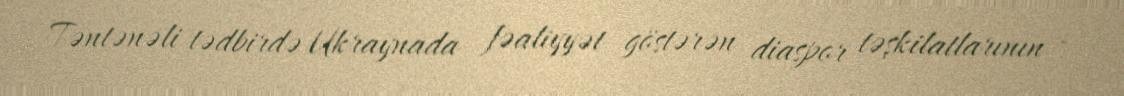
Təntənəli tədbirdə Ukraynada fəaliyyət göstərən diaspor təşkilatlarının -